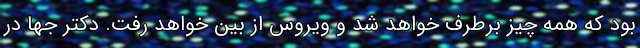
بود که همه چیز برطرف خواهد شد و ویروس از بین خواهد رفت. دکتر جها در